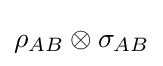
\rho _{AB}\otimes \sigma _{AB}